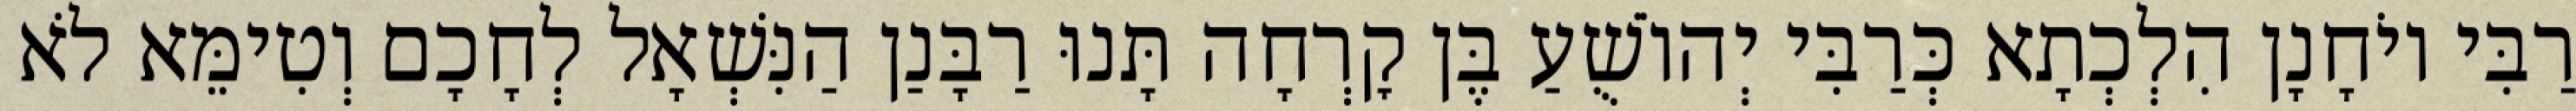
רַבִּי יוֹחָנָן הִלְכְתָא כְּרַבִּי יְהוֹשֻׁעַ בֶּן קׇרְחָה תָּנוּ רַבָּנַן הַנִּשְׁאָל לְחָכָם וְטִימֵּא לֹא